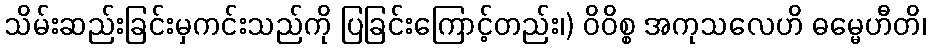
သိမ်းဆည်းခြင်းမှကင်းသည်ကို ပြခြင်းကြောင့်တည်း၊) ဝိဝိစ္စ အကုသလေဟိ ဓမ္မေဟီတိ၊